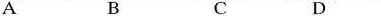
A B C D